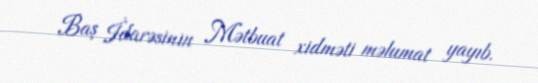
Baş İdarəsinin Mətbuat xidməti məlumat yayıb.